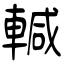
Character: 輱